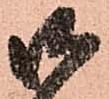
御